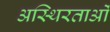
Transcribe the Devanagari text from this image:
अस्थिरताओं